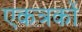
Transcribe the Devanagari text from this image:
एकत्रकों